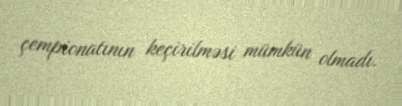
çempionatının keçirilməsi mümkün olmadı.